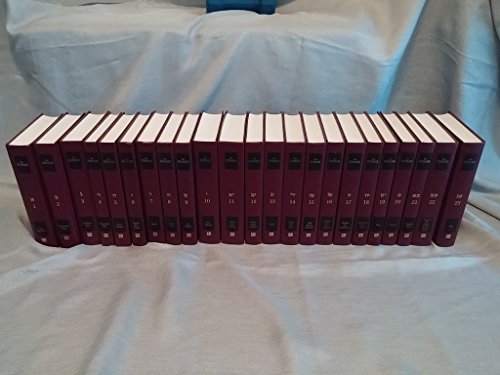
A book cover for The Zohar: The First Ever Unabridged English Translation with Commentary (23 Volume Set); Rav Shimon Bar. Commentary by Yehuda Ashlag, Edited & compiled by Rabbi Michael Berg. Yochai; Religion & Spirituality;